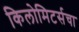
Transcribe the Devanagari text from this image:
किलोमिटर्सचा